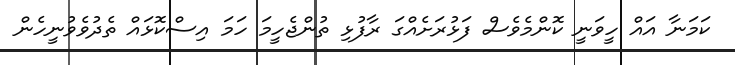
ކަމަނާ އައް ހީވަނީ ކޮންމެވެސް ފަޅުރަށެއްގަ ރާފުޅި ތުންޖެހީމަ ހަމަ އިސްކޮޅައް ތެދުވެވުނީހެން